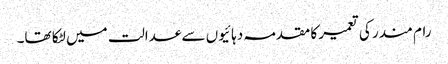
رام مندر کی تعمیر کا مقدمہ دہائیوں سے عدالت میں لٹکا تھا۔